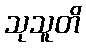
သုသူတိ